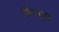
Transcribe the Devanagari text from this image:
विनयल